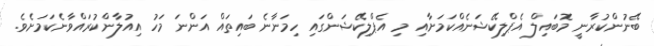
ބޭނުންކުރާނީ މޮބައިލް އެޕްލިކޭޝަނެއްކަމަށާއި މި އެޕްލިކޭޝަންގައި ހިމަނާނެ ބައިތައް އަންނަ މަހު އިއުލާންކުރައްވާނެކަމަށެވެ.